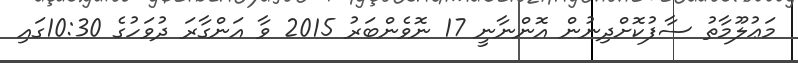
މަޢުލޫމާތު ސާފުކޮށްދިނުން އޮންނާނީ 17 ނޮވެންބަރު 2015 ވާ އަންގާރަ ދުވަހުގެ 10:30ގައި